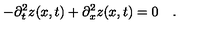
- \partial _ { t } ^ { 2 } z ( x , t ) + \partial _ { x } ^ { 2 } z ( x , t ) = 0 \quad .